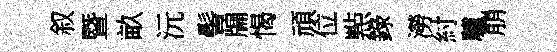
叙暨畝沅髻牖愒頑位㸃錄澇紂驢崩